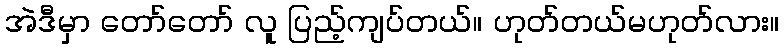
အဲဒီမှာ တော်တော် လူ ပြည့်ကျပ်တယ်။ ဟုတ်တယ်မဟုတ်လား။